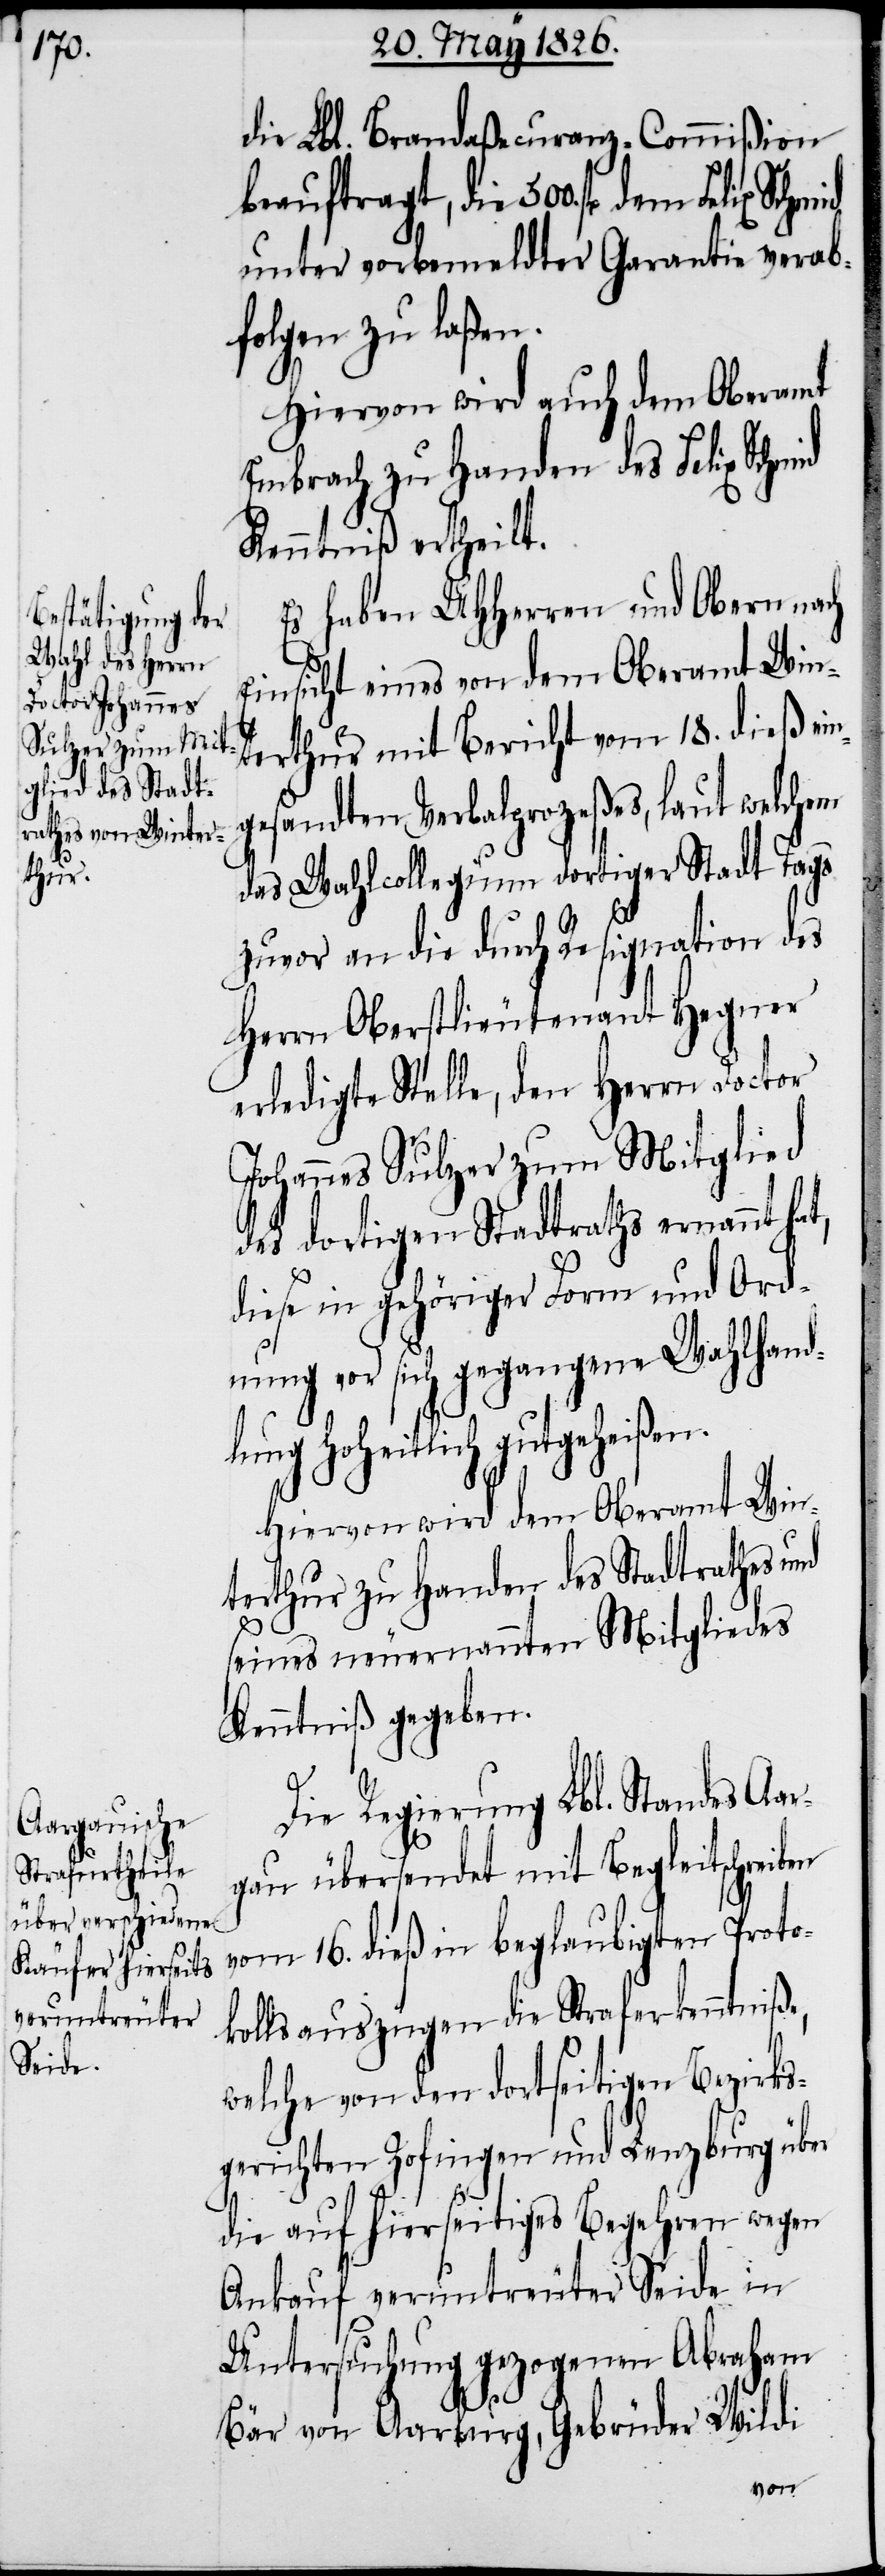
t,

die Lbl. Brandaßecuranz-Commißion
beauftragt, die 500. fl. dem Felix
unter vorbemeldter Garantie verab¬
folgen zu laßen.
Hiervon wird auch dem Oberamt
Embrach zu Handen des Felix Schmid
Kenntniß ertheilt.
Es haben UHHerren und Obern nach
Einsicht eines von dem Oberamt Win¬
terthur mit Bericht vom 18. dieß ein¬
gesandten Verbalprozeßes, laut welchem
das Wahlcollegium dortiger Stadt Tags
zuvor an die durch Resignation des
Herrn Oberstlieutenant Hegner
erledigte Stelle, den Herrn Doctor
Johannes Sulzer zum Mitglied
des dortigen Stadtraths ernannt ha¬
diese in gehöriger Form und Ord¬
nung vor sich gegangene Wahlhand¬
lung hoheitlich gutgeheißen.
Hiervon wird dem Oberamt Win¬
terthur zu Handen des Stadtrathes und
seines neuernannten Mitgliedes
Kenntniß gegeben.
Die Regierung Lbl. Standes Aar¬
gau übersendet mit Begleitschreiben
vom 16. dieß in beglaubigten Proto¬
kollsauszügen die Straferkenntniße,
welche von den dortseitigen Bezirks¬
gerichten Zofingen und Lenzburg über
die auf hierseitiges Begehren wegen
Ankauf veruntreuter Seide in
Untersuchung gezogenen Abraham
Bär von Aarburg, Gebrüder Wildi